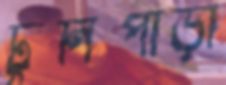
টুনিপাড়া